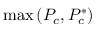
\operatorname* { m a x } \left( P _ { c } , P _ { c } ^ { * } \right)